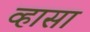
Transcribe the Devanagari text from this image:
व्हासा